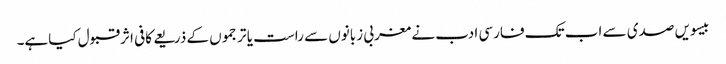
بیسویں صدی سے اب تک فارسی ادب نے مغربی زبانوں سے راست یا ترجموں کے ذریعے کافی اثرقبول کیاہے۔